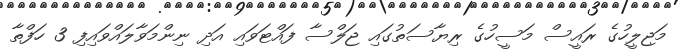
މަޖިލީހުގެ ރައީސް މަސީހުގެ ރިޔާސަތުގައި ޖަލްސާ ފައްޓަވައި އަދި ނިންމަވާލައްވައިފި 3 ހަފްތާ